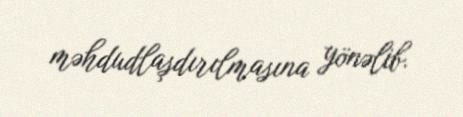
məhdudlaşdırılmasına yönəlib.